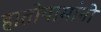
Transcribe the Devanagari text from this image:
हातोयामांनी